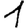
Digit: 1